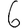
Digit: 6